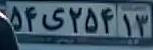
۵۴ی۲۵۴۱۳